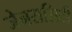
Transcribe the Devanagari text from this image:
जेनरासिटी